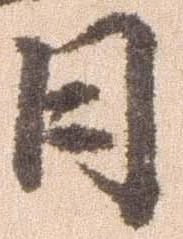
日